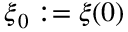
\ensuremath { \boldsymbol { \xi } } _ { 0 } : = \ensuremath { \boldsymbol { \xi } } ( 0 )